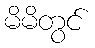
မိမိတွင်